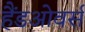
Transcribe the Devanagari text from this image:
हैंडओवर्स